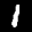
Label: 1